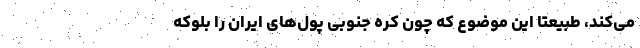
می‌کند، طبیعتاً این موضوع که چون کره جنوبی پول‌های ایران را بلوکه